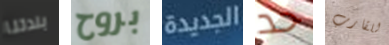
بلدتنا بروح الجديدة حد للقارب